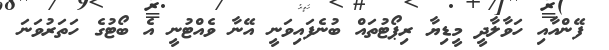
ފޭންއާއި ހަވާލާދީ މީޑިޔާ ރިޕޯޓުތައް ބުނެފައިވަނީ އޭނާ ވެއްޓުނީ އެ ބޯޓުގެ ހަތަރުވަނަ